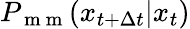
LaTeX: P_{\mathrm{~m~m~}}(x_{t+\Delta t}|x_{t})